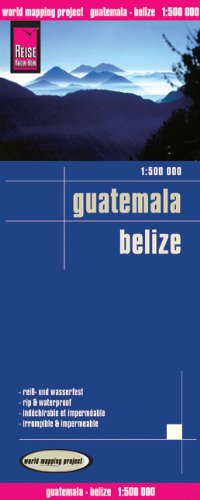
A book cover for Guatemala/Belize; Reise Know-How Verlag; Travel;